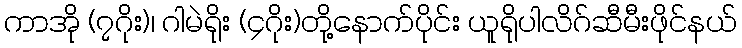
ကာအို (၇ဂိုး)၊ ဂါမဲရိုး (၄ဂိုး)တို့နောက်ပိုင်း ယူရိုပါလိဂ်ဆီမီးဖိုင်နယ်